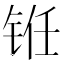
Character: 𰽻